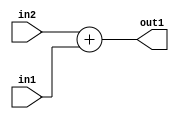
`timescale 1ps / 1ps
/*****************************************************************************
    Verilog RTL Description
    
    
    Created by: Stratus DpOpt 21.05.01 
*******************************************************************************/

module SobelFilter_Add_32Sx14U_32S_4 (
	in2,
	in1,
	out1
	); /* architecture "behavioural" */ 
input [31:0] in2;
input [13:0] in1;
output [31:0] out1;
wire [31:0] asc001;

assign asc001 = 
	+(in2)
	+(in1);

assign out1 = asc001;
endmodule

/* CADENCE  ubHyTA0= : u9/ySxbfrwZIxEzHVQQV8Q== ** DO NOT EDIT THIS LINE ******/